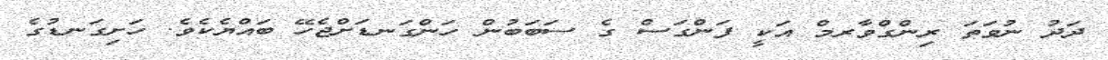
ދަދު ނުވަތަ ރިންގްވާރމް އަކީ ފަންގަސް ގެ ސަބަބުން ހަންގަނޑަށްޖެހޭ ބައްޔެކެވެ. ހަށިގަނޑުގެ